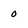
Character: 0